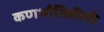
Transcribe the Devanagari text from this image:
कणभौतिकीची